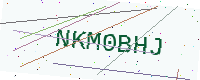
Text: NKM0BHJ